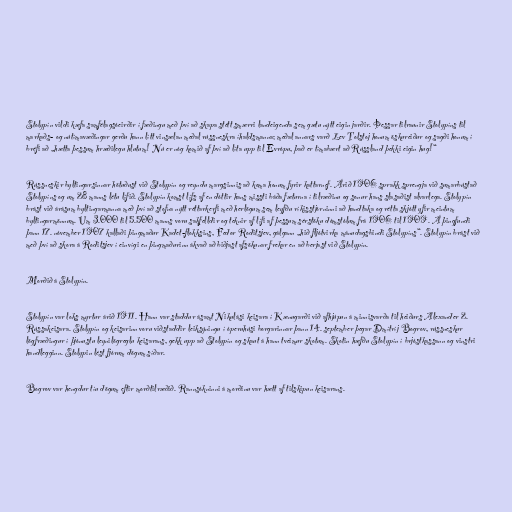
Stolypín vildi kæfa samfélagsóeirðir í fæðingu með því að skapa stétt smærri landeigenda sem gætu nýtt eigin jarðir. Þessar tilraunir Stolypíns til
markaðs- og nútímavæðingar gerðu hann lítt vinsælan meðal rússneskra íhaldsmanna; meðal annars varð Lev Tolstoj honum öskureiður og sagði honum í
bréfi að „hætta þessum hræðilegu hlutum! Nú er nóg komið af því að líta upp til Evrópu, það er tímabært að Rússland þekki eigin hug!“

Rússneskir byltingarsinnar hötuðust við Stolypín og reyndu margsinnis að koma honum fyrir kattarnef. Árið 1906 sprakk sprengja við sumarbústað
Stolypíns og um 28 manns létu lífið. Stolypín komst lífs af en dóttir hans missti báða fæturna í tilræðinu og sonur hans slasaðist alvarlega. Stolypín
brást við árásum byltingarmanna með því að stofna nýtt réttarkerfi með herlögum sem leyfðu ríkisstjórninni að handtaka og rétta skjótt yfir meintum
byltingarmönnum. Um 3.000 til 5.500 manns voru sakfelldir og teknir af lífi af þessum sérstöku dómstólum frá 1906 til 1909. Á þingfundi
þann 17. nóvember 1907 kallaði þingmaður Kadet-flokksins, Fedor Roditsjev, gálgann „hið fljótvirka mánudagsbindi Stolypíns“. Stolypín brást við
með því að skora á Roditsjev í einvígi en þingmaðurinn ákvað að biðjast afsökunar frekar en að berjast við Stolypín.

Morðið á Stolypín.

Stolypín var loks myrtur árið 1911. Hann var staddur ásamt Nikulási keisara í Kænugarði við afhjúpun á minnisvarða til heiðurs Alexander 2.
Rússakeisara. Stolypín og keisarinn voru viðstaddir leiksýningu í óperuhúsi borgarinnar þann 14. september þegar Dmítríj Bogrov, rússneskur
lögfræðingur í þjónustu leynilögreglu keisarans, gekk upp að Stolypín og skaut á hann tveimur skotum. Skotin hæfðu Stolypín í brjóstkassann og vinstri
handlegginn. Stolypin lést fjórum dögum síðar.

Bogrov var hengdur tíu dögum eftir morðtilræðið. Rannsókninni á morðinu var hætt af tilskipun keisarans.